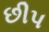
છીપ